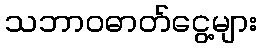
သဘာဝဓာတ်ငွေ့များ